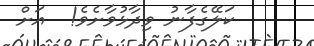
ކަލޭގެފާނު ވިދާޅުވާށެވެ!  އަށް